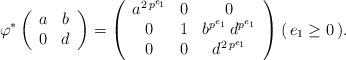
LaTeX: \begin{align*}\varphi^*\left(\begin{array}{c c} a & b \\ 0 & d \end{array}\right) & =\left(\begin{array}{c c c} a^{2 \, p^{e_1}} & 0 & 0 \\ 0 & 1 & b^{p^{e_1}} \, d^{p^{e_1}} \\ 0 & 0 & d^{ 2 \, p^{e_1} } \end{array} \right) (\, e_1 \geq 0 \, ) . \end{align*}